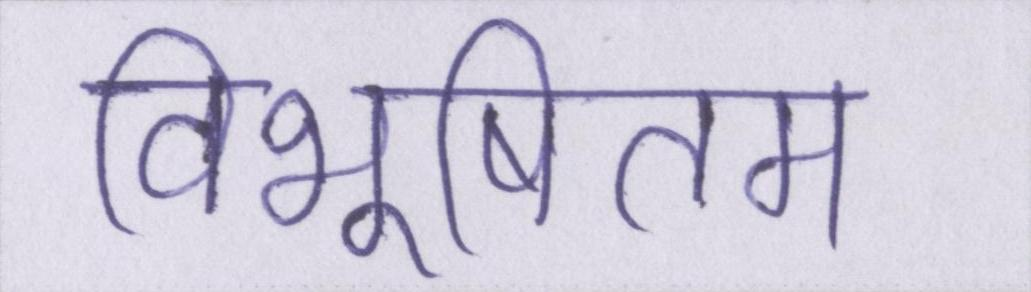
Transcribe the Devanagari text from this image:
विभूषितम